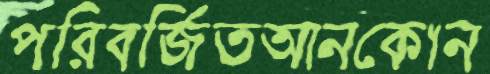
পরিবর্জিতআনকোন